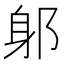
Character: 𨈕